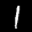
Label: 1